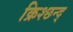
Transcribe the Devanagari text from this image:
क्रिश्छन्द्